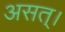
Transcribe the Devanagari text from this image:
असत्।